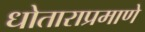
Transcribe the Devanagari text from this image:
धोताराप्रमाणे